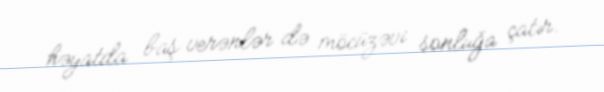
həyatda baş verənlər də möcüzəvi sonluğa çatır.